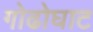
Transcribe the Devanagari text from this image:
गोढोघाट